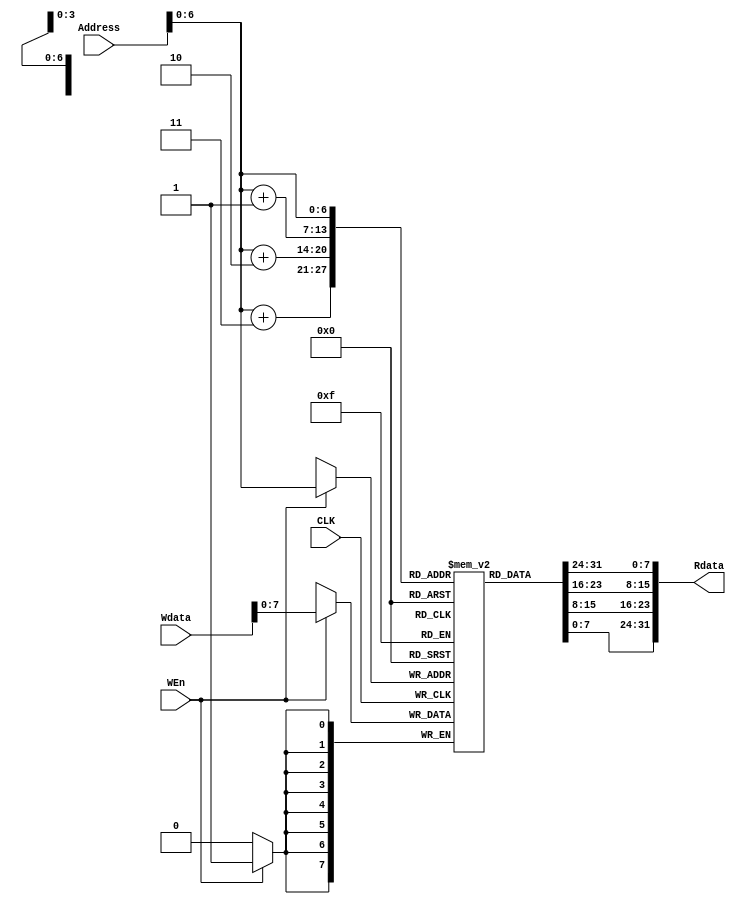
`timescale 1ns / 1ps
//////////////////////////////////////////////////////////////////////////////////
// Company: 
// Engineer: 
// 
// Design Name: 
// Module Name:    memory_unit 
// Project Name: 
// Target Devices: 
// Tool versions: 
// Description: 
//
// Dependencies: 
//
// Revision: 
// Revision 0.01 - File Created
// Additional Comments: 
//
//////////////////////////////////////////////////////////////////////////////////
module memory_unit(Address , Rdata , Wdata , WEn , CLK
    );
input CLK , WEn;
input[31:0]Address , Wdata;
output[31:0] Rdata;
reg [7:0] memory [124:0];
assign Rdata = {memory[Address],memory[Address+1],memory[Address+2],memory[Address+3]};

always @(posedge CLK) begin
	if(WEn==1)begin
		memory[Address] = Wdata;
	end
end

initial begin
 // 
//memory[0] = 8'b10001100;//lw   reg[1] = mem[reg[3]+1]
//memory[1] = 8'b01100001;//lw
//memory[2] = 8'b00000000;//lw
//memory[3] = 8'b00000001;//lw
memory[0] = 8'b00000000;//JALR   reg[31]=pc   pc=reg[5]   
memory[1] = 8'b10100000;//JALR
memory[2] = 8'b11111000;//JALR
memory[3] = 8'b00001001;//JALR

//memory[0] = 8'b00000000;//add reg[2] = reg[0] + reg[1]
//memory[1] = 8'b00000001;//add
//memory[2] = 8'b00010000;//add
//memory[3] = 8'b00100000;//add

memory[4] = 8'b00000000;//sub   reg[8] = reg[4] - reg[7]
memory[5] = 8'b10000111;//sub
memory[6] = 8'b01000000;//sub
memory[7] = 8'b00100010;//sub

//memory[12] = 8'b00010110;//bneq
//memory[13] = 8'b00110000;//bneq
//memory[14] = 8'b00000000;//bneq
//memory[15] = 8'b00000010;//bneq

//memory[0] = 8'b00000011;//Jr    jump to reg[24]
//memory[1] = 8'b00000000;//Jr
//memory[2] = 8'b00000000;//Jr
//memory[3] = 8'b00001000;//Jr

memory[24] = 8'b00010010;//beq
memory[25] = 8'b11101110;//beq
memory[26] = 8'b00000000;//beq
memory[27] = 8'b00000010;//beq

memory[8] = 8'b00001000;//J  
memory[9] = 8'b00000000;//J
memory[10] = 8'b00000000;//J
memory[11] = 8'b00010000;//J


memory[20] = 8'b00001100;//JAL
memory[21] = 8'b00000000;//JAL
memory[22] = 8'b00000000;//JAl
memory[23] = 8'b0000010;//JAL

//memory[24] = 8'b10101101;//sw   mem[reg[15]+2]=reg[14]
//memory[25] = 8'b11101110;//sw
//memory[26] = 8'b00000000;//sw
//memory[27] = 8'b00000010;//sw

memory[28] = 8'b00001000;//J     jump to mem[4]
memory[29] = 8'b00000000;//J
memory[30] = 8'b00000000;//J
memory[31] = 8'b00000001;//J
//memory[24] =32'b00000000000000010001000000100000 ;
//memory[28] =32'b00000000000000010001000000100000 ;

end

endmodule